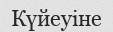
Күйеуіне